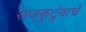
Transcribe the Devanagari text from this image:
राजकुटुंबाचे